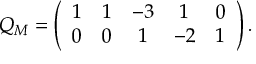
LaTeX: Q _ { \cal M } = \left( \begin{array} { c c c c c } { { 1 } } & { { 1 } } & { { - 3 } } & { { 1 } } & { { 0 } } \\ { { 0 } } & { { 0 } } & { { 1 } } & { { - 2 } } & { { 1 } } \end{array} \right) .